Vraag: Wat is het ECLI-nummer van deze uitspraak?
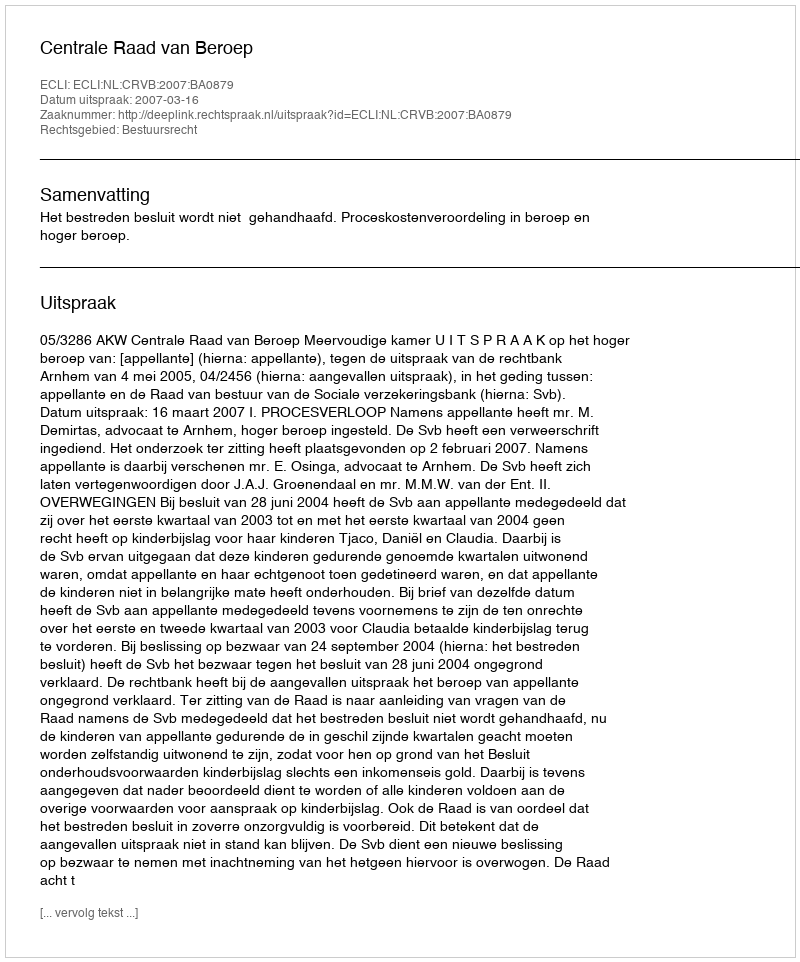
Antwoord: ECLI:NL:CRVB:2007:BA0879